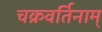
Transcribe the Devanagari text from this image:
चक्रवर्तिनाम्